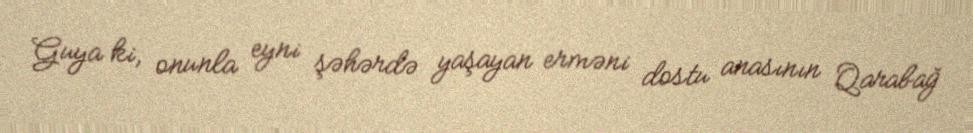
Guya ki, onunla eyni şəhərdə yaşayan erməni dostu anasının Qarabağ